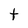
Character: t